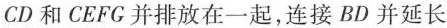
CD和CEFG并排放在一起，连接BD并延长